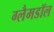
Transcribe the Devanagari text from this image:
ग्लैमडॉल